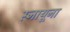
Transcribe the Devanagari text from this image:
स्नायूना